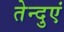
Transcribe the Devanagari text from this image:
तेन्दुएं